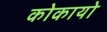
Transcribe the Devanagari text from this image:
कोकायो